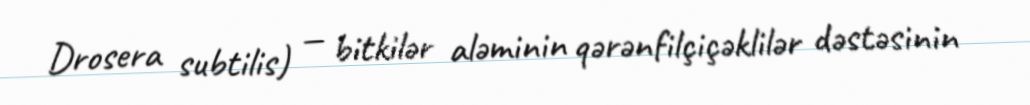
Drosera subtilis) — bitkilər aləminin qərənfilçiçəklilər dəstəsinin